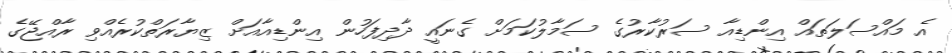
އެ މައްސަލަތައް އިންޑިއާ ސަރުކާރުގެ ސަމާލުކަމަށް ގެނައީ ދާދިފަހުން އިންޑިއާއަށް ޒިޔާރަތްކުރެއްވި ރާއްޖޭގެ